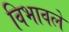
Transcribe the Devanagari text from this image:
विभावले